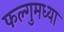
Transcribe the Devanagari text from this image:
फल्गुमध्या